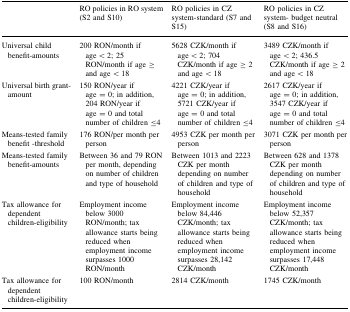
<table><thead><tr><td></td><td><b>RO policies in RO system (S2 and S10)</b></td><td><b>RO policies in CZ system-standard (S7 and S15)</b></td><td><b>RO policies in CZ system- budget neutral (S8 and S16)</b></td></tr></thead><tbody><tr><td>Universal child benefit-amounts</td><td>200 RON/month if age &lt; 2; 25 RON/month if age ≥ and age &lt; 18</td><td>5628 CZK/month if age &lt; 2; 704 CZK/month if age ≥ 2 and age &lt; 18</td><td>3489 CZK/month if age &lt; 2; 436.5 CZK/month if age ≥ 2 and age &lt; 18</td></tr><tr><td>Universal birth grant-amount</td><td>150 RON/year if age = 0; in addition, 204 RON/year if age = 0 and total number of children ≤4</td><td>4221 CZK/year if age = 0; in addition, 5721 CZK/year if age = 0 and total number of children ≤4</td><td>2617 CZK/year if age = 0; in addition, 3547 CZK/year if age = 0 and total number of children ≤4</td></tr><tr><td>Means-tested family benefit -threshold</td><td>176 RON/per month per person</td><td>4953 CZK per month per person</td><td>3071 CZK per month per person</td></tr><tr><td>Means-tested family benefit-amounts</td><td>Between 36 and 79 RON per month, depending on number of children and type of household</td><td>Between 1013 and 2223 CZK per month depending on number of children and type of household</td><td>Between 628 and 1378 CZK per month depending on number of children and type of household</td></tr><tr><td>Tax allowance for dependent children-eligibility</td><td>Employment income below 3000 RON/month; tax allowance starts being reduced when employment income surpasses 1000 RON/month</td><td>Employment income below 84,446 CZK/month; tax allowance starts being reduced when employment income surpasses 28,142 CZK/month</td><td>Employment income below 52,357 CZK/month; tax allowance starts being reduced when employment income surpasses 17,448 CZK/month</td></tr><tr><td>Tax allowance for dependent children-eligibility</td><td>100 RON/month</td><td>2814 CZK/month</td><td>1745 CZK/month</td></tr></tbody></table>